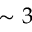
\sim 3